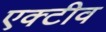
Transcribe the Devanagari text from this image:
एक्टीव